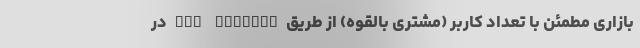
بازاری مطمئن با تعداد کاربر (مشتری بالقوه) از طریق App Gallery در